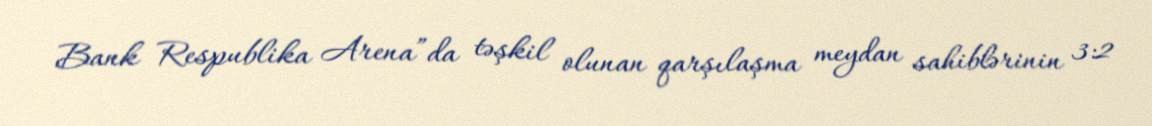
Bank Respublika Arena”da təşkil olunan qarşılaşma meydan sahiblərinin 3:2